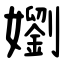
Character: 嬼